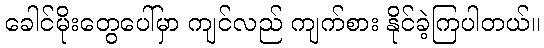
ခေါင်မိုးတွေပေါ်မှာ ကျင်လည် ကျက်စား နိုင်ခဲ့ကြပါတယ်။